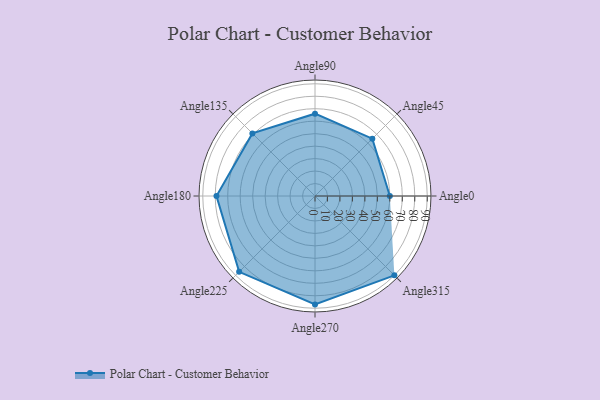
{"axis": {"x": "Angle", "y": "Radius"}, "legend": [""], "data": [{"x": "Angle0", "y": 60.0, "type": ""}, {"x": "Angle45", "y": 65.0, "type": ""}, {"x": "Angle90", "y": 66.0, "type": ""}, {"x": "Angle135", "y": 71.0, "type": ""}, {"x": "Angle180", "y": 79.0, "type": ""}, {"x": "Angle225", "y": 86.0, "type": ""}, {"x": "Angle270", "y": 87.0, "type": ""}, {"x": "Angle315", "y": 90.0, "type": ""}]}